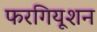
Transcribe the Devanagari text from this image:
फरगियूशन